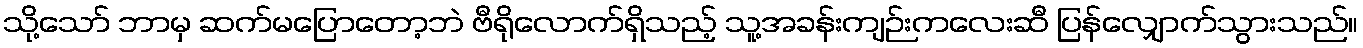
သို့သော် ဘာမှ ဆက်မပြောတော့ဘဲ ဗီရိုလောက်ရှိသည့် သူ့အခန်းကျဉ်းကလေးဆီ ပြန်လျှောက်သွားသည်။